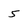
Character: 5